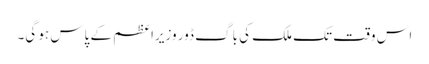
اس وقت تک ملک کی باگ ڈور وزیرِاعظم کے پاس ہو گی۔